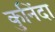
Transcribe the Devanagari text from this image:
कुनिंदा